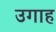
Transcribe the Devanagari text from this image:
उगाह